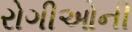
રોગીઓની